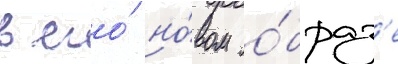
в его́ но́вом о́браз'е